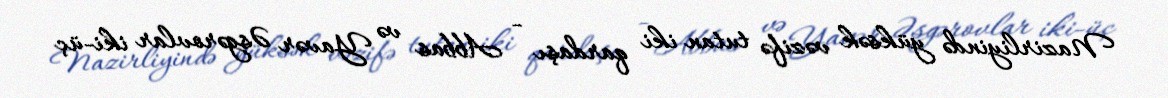
Nazirliyində yüksək vəzifə tutan iki qardaşı - Abbas və Yavər Əsgərovlar iki-üç